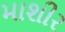
માશીર